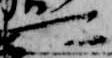
可